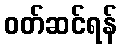
ဝတ်ဆင်ရန်